Scottish Leaving Certificate Examination, 1956
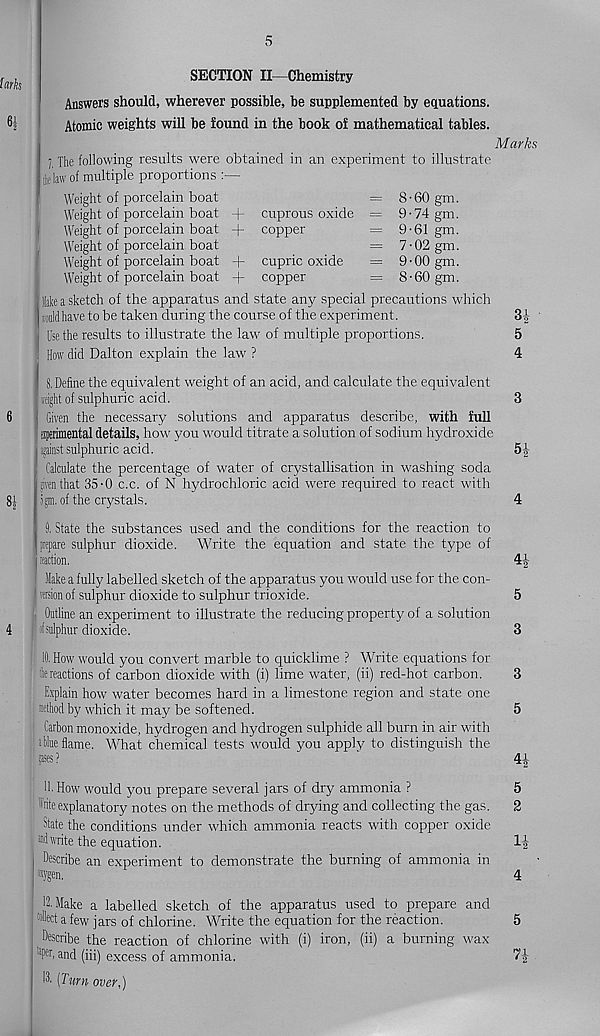
5
larks
SECTION II—Chemistry
Answers should, wherever possible, be supplemented by equations.
Atomic weights will be found in the book of mathematical tables.
I The following results were obtained in an experiment to illustrate
He law of multiple proportions
Weight of porcelain boat
' + cuprous oxide =
+ copper
Marks
Weight of porcelain boat
Weight of porcelain boat
Weight of porcelain boat
Weight of porcelain boat
Weight of porcelain boat
8-
9-
9-61 gm.
7-02 gm.
9-00 gm.
8 • 60 gm.
+ cupric oxide
+ copper
Hake a sketch of the apparatus and state any special precautions which
fouldhave to be taken during the course of the experiment.
I Use the results to illustrate the law' of multiple proportions.
How did Dalton explain the law ?
8. Define the equivalent weight of an acid, and calculate the equivalent
Height of sulphuric acid.
; Given the necessary solutions and apparatus describe, with full
sperimental details, how you would titrate a solution of sodium hydroxide
| against sulphuric acid.
Calculate the percentage of water of crystallisation in washing soda
given that 35-0 c.c. of N hydrochloric acid were required to react with
igm. of the crystals.
8. State the substances used and the conditions for the reaction to
prepare sulphur dioxide. Write the equation and state the type of
reaction.
Me a fully labelled sketch of the apparatus you would use for the con-
version of sulphur dioxide to sulphur trioxide.
Outline an experiment to illustrate the reducing property of a solution
efsulphur dioxide.
ID. How would you convert marble to quicklime ? Write equations for
4e reactions of carbon dioxide with (i) lime water, (ii) red-hot carbon.
Explain how water becomes hard in a limestone region and state one
method by which it may be softened.
Carbon monoxide, hydrogen and hydrogen sulphide all burn in air with
dine flame. What chemical tests would you apply to distinguish the
gases?
11. How would you prepare several jars of dry ammonia ?
We explanatory notes on the methods of drying and collecting the gas.
State the conditions under which ammonia reacts with copper oxide
mil write the equation.
Describe an experiment to demonstrate the burning of ammonia in
aygen.
12'Make a labelled sketch of the apparatus used to prepare and
f *ct a few jars of chlorine. Write the equation for the reaction.
Describe the reaction of chlorine with (i) iron, (ii) a burning wax
’Vb and (iii) excess of ammonia.
IS. (Turn over,)
5
4
4- 1 -
■ *2
41 ■ *2
5
2
J -2
frS| M